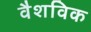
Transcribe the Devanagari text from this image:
वैशविक